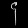
Digit: ၄